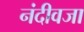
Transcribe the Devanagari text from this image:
नंदीवजा